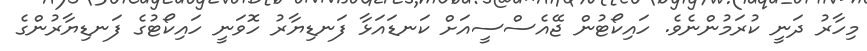
މިހާރު ދަނީ ކުރަމުންނެވެ. ހައިކޯޓުން ޖޭއެސްސީއަށް ކަނޑައަޅާ ފަނޑިޔާރު ހޮވަނީ ހައިކޯޓުގެ ފަނޑިޔާރުންގެ